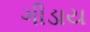
ગીડાય